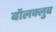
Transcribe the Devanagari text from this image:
बॉलक्लुब